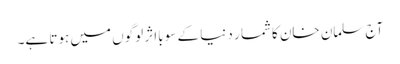
آج سلمان خان کاشما ر دنیا کے سو بااثر لوگوں میں ہوتا ہے۔